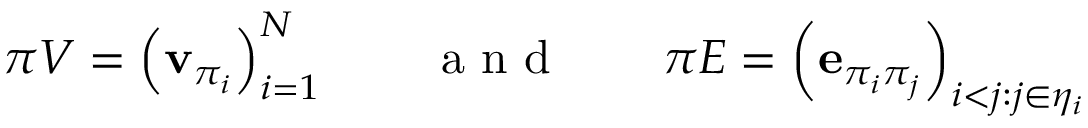
\pi V = \left( \mathbf { v } _ { \pi _ { i } } \right) _ { i = 1 } ^ { N } \quad \quad \mathrm { ~ a ~ n ~ d ~ } \quad \quad \pi E = \left( \mathbf { e } _ { \pi _ { i } \pi _ { j } } \right) _ { i < j : j \in \eta _ { i } }